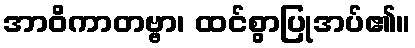
အာဝိကာတဗ္ဗာ၊ ထင်စွာပြုအပ်၏။